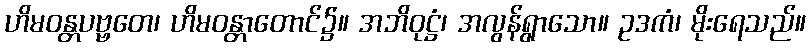
ဟိမဝန္တပဗ္ဗတေ၊ ဟိမဝန္တာတောင်၌။ အဘိဝုဋ္ဌံ၊ အလွန်ရွာသော။ ဥဒကံ၊ မိုးရေသည်။